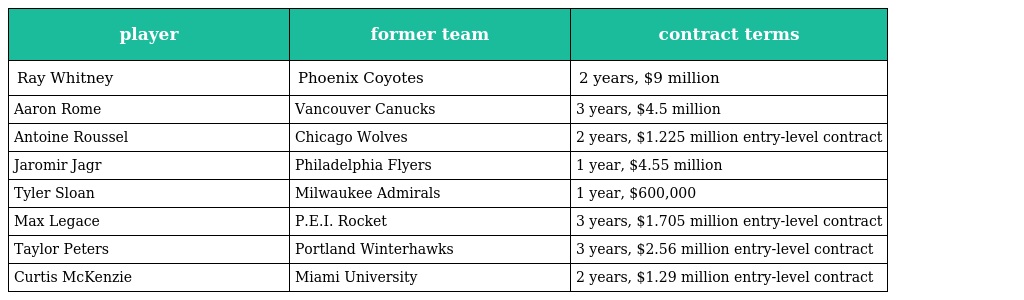
| player | former team | contract terms |
 | --- | --- | --- |
 | Ray Whitney | Phoenix Coyotes | 2 years, $9 million |
 | Aaron Rome | Vancouver Canucks | 3 years, $4.5 million |
 | Antoine Roussel | Chicago Wolves | 2 years, $1.225 million entry-level contract |
 | Jaromir Jagr | Philadelphia Flyers | 1 year, $4.55 million |
 | Tyler Sloan | Milwaukee Admirals | 1 year, $600,000 |
 | Max Legace | P.E.I. Rocket | 3 years, $1.705 million entry-level contract |
 | Taylor Peters | Portland Winterhawks | 3 years, $2.56 million entry-level contract |
 | Curtis McKenzie | Miami University | 2 years, $1.29 million entry-level contract |